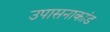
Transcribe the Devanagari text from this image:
उपासनाकांड